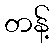
တန့်